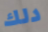
دلك